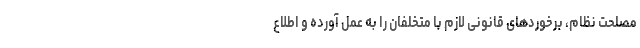
مصلحت نظام، برخوردهای قانونی لازم با متخلفان را به عمل آورده و اطلاع